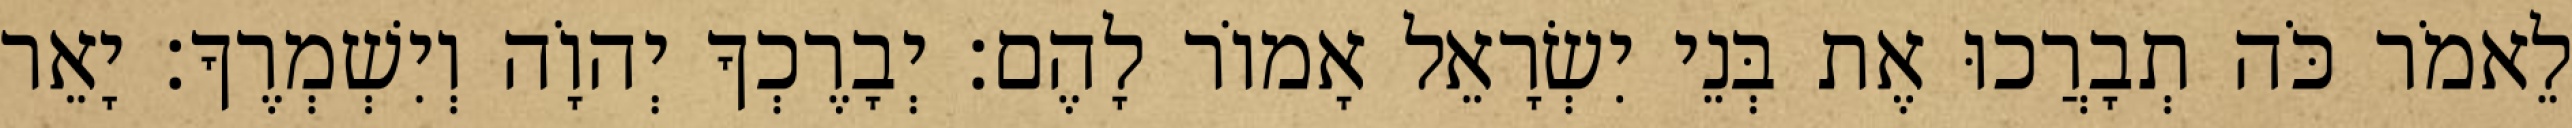
לֵאמֹר כֹּה תְבָרֲכוּ אֶת בְּנֵי יִשְׂרָאֵל אָמוֹר לָהֶם׃ יְבָרֶכְךָ יְהוָֹה וְיִשְׁמְרֶךָ׃ יָאֵר